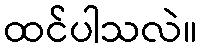
ထင်ပါသလဲ။